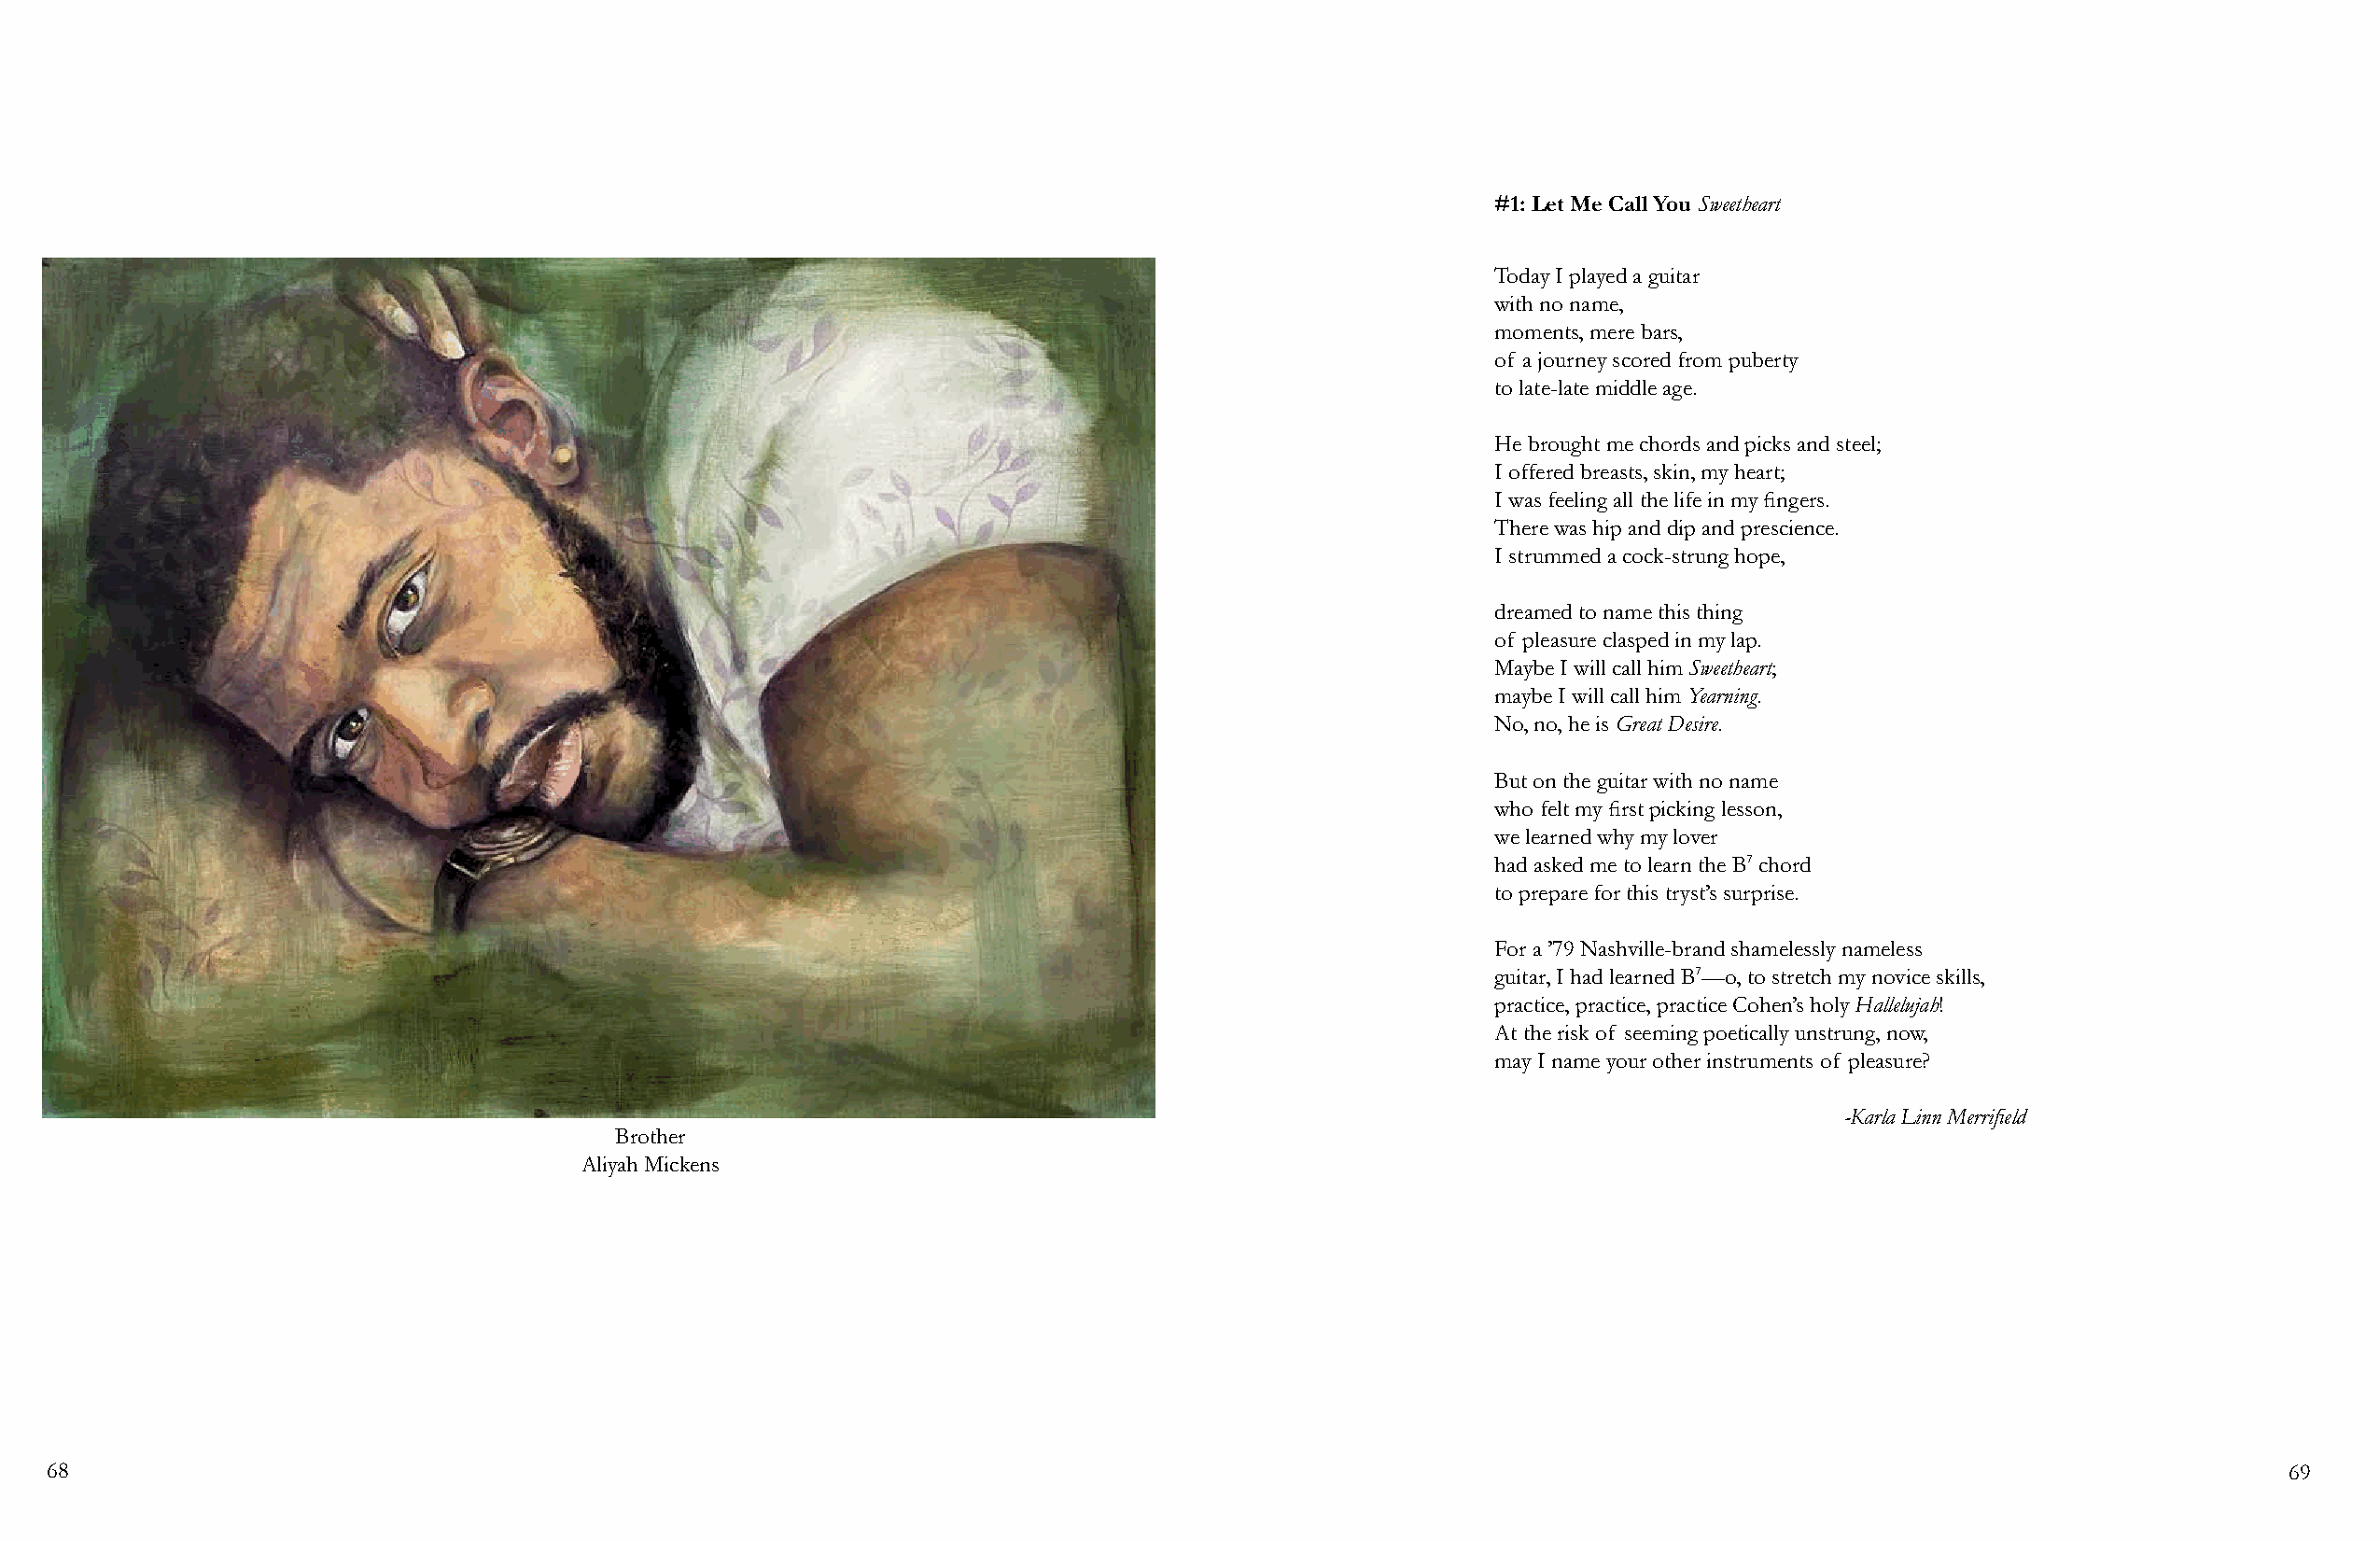
#1: Let Me Call You Sweetheart
 Today I played a guitar
 with no name,
 moments, mere bars,
 of a journey scored from puberty
 to late-late middle age.
 He brought me chords and picks and steel;
 I offered breasts, skin, my heart;
 I was feeling all the life in my fingers.
 There was hip and dip and prescience.
 I strummed a cock-strung hope,
 dreamed to name this thing
 of pleasure clasped in my lap.
 Maybe I will call him Sweetheart;
 maybe I will call him Yearning.
 No, no, he is Great Desire.
 But on the guitar with no name
 who felt my first picking lesson,
 we learned why my lover
 had asked me to learn the B7 chord
 to prepare for this tryst’s surprise.
 For a ’79 Nashville-brand shamelessly nameless
 guitar, I had learned B7—o, to stretch my novice skills,
 practice, practice, practice Cohen’s holy Hallelujah!
 At the risk of seeming poetically unstrung, now,
 may I name your other instruments of pleasure?
 -Karla Linn Merrifield
 Brother
 Aliyah Mickens
 68                                                                                                                                                             69